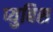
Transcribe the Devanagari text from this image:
प्युबिस